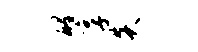
醒享炎